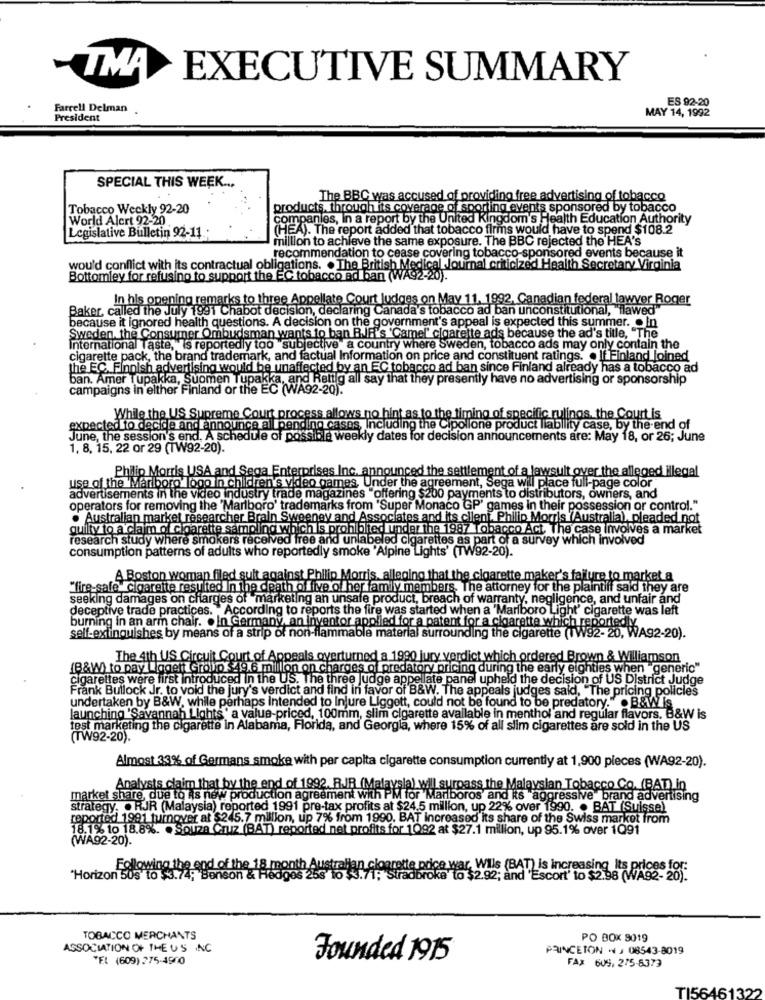
-TMA
EXECUTIVE SUMMARY
ES 92-20
Farrell Delman
President
MAY 14, 1992
SPECIAL THIS WEEK ...
The BBC was accused of providing free advertising of tobacco
Tobacco Weekly 92-20
products, through its coverage of sporting events sponsored by tobacco
World Alert 92-20
companies, In a report by the United Kingdom's Health Education Authority
Legislative Bulletin 92-11 :
(HEA). The report added that tobacco firms would have to spend $108.2
million to achieve the same exposure. The BBC rejected the HEA's
recommendation to cease covering tobacco-sponsored events because it
wou'd conflict with its contractual obligations. . The British Medical Journal criticized Health Secretary Virginia
Bottomley for refusing to support the EC tobacco ad ban (WAS
In his opening remarks to three Appellate Court judges on May 11, 1992, Canadian federal lawver Roger
Baker, called the July 1991 Chabot decision, declaring Canada's tobacco ad ban unconstitutional, "flawed"
because it ignored health questions. A decision on the government's appeal is expected this summer. . In
Sweden, the Consumer Ombudsman wants to ban R.IF.'s 'Camel" cigarette ads because the ad's title, "The
International Taste, is reportedly too"subjective a country where Sweden, tobacco ads may only contain the
cigarette pack, the brand trademark, and factual Information on price and constituent ratings. . If Finland Joined
the EC. Finnish advertising would be unaffected by an EC tobacco ad ban since Finland already has a tobacco ad
ban. Amer Tupakka, Suomen Tupakka, and Rettig all say that they presently have no advertising or sponsorship
campaigns in elther Finland or the EC (WA92-20).
While the US Supreme Court process allows no hint as to the timing of specific rulings, the Court is
expected to decide and announce all pending cases, Including the Cipollone product liability case, by the end of
June, the session's end. A schedule of possible weekly dates for decision announcements are: May 18, or 26; June
1, 8, 15, 22 or 29 (TW92-20).
Philip Morris USA and Sega Enterprises Inc. announced the settlement of a lawsuit over the alleged illegal
use of the 'Marlboro' logo in children's video games, Under the agreement, Sega will place full-page color
advertisements in the video industry trade magazines "offering $200 payments to distributors, owners, and
operators for removing the 'Marlboro' trademarks from 'Super Monaco GP' games in their possession or control."
. Australian market researcher Brain Sweeney and Associates and its client. Philip Morris (Australia), pleaded not
guilty to a claim of cigarette sampling whichis prohibited under the 1987 Tobacco Act. The case Involves a market
research study where smokers received free and unlabeled cigarettes as part of a survey which involved
consumption patterns of adults who reportedly smoke 'Alpine Lights' (TW92-20).
A Boston woman filed suit against Philip Morris, alleging that the cigarette maker's failure to market a
"fire-safe cigarette resulted In the death of five of her family members. The attorney for the plaintiff said they are
seeking damages on charges of" marketing an unsafe product, breach of warranty, negligence, and unfair and
deceptive trade practices. "According to reports the fire was started when a 'Marlboro Light' cigarette was left
burning in an arm chair. . In Germany, an inventor applied for a patent for a cigarette which reportedly
self-extinguishes by means of a strip of non-flammable material surrounding the cigarette (1W92-20, WA92-20).
The 4th US Circuit Court of Appeals overturned a 1990 jury verdict which ordered Brown & Williamson
(B&W) to pay Llogelt Group -49.6 million on charges of predatory pricing during the early eighties when generic"
cigarettes were first introduced in the US. The three Judge appellate panel upheld the decision of US District Judge
Frank Bullock Jr. to void the jury's verdict and find in favor of B&W. The appeals judges said, "The pricing policies
undertaken by B&W, while perhaps Intended to Injure Liggett, could not be found to be predatory." . B&WIs
launching 'Savannah Lights ' a value-priced, 100mm, slim cigarette available in menthol and regular flavors. B&W is
test marketing the cigarette in Alabama, Florida, and Georgia, where 15% of all slim cigarettes are sold in the US
(TW92-20).
Almost 33% of Germans smoke with per capita cigarette consumption currently at 1,900 pieces (WA92-20).
Analysts claim that by the end of 1992. R.JR (Malaysia) will surpass the Malaysian Tobacco Co. (BAT) in
market share, due to As new production agreement with PM for"Marlboros' and its "aggressive brand advertising
strategy. . RJR (Malaysia) reported 1991 pre-tax profits at $24.5 million, up 22% over 1990. . BAT (Suisse)
reported 1991 turnover at $245.7 million, up 7% from 1990. BAT increased its share of the Swiss market from
18.1% to 18.8%. . Souza Cruz (BAT) reported net profits for 1092 at $27.1 million, up 95.1% over 1Q91
(WA92-20).
"Horizon 50
'10 $3.71; Stradbroke to $2.92; and "Escort' to $2.98 (WA92-20).
TOBACCO MERCHANTS
PO BOX 9019
ASSOCIATION OF THE US INC
PRINCETON - J 08543-8019
*EL (609) 275-4900
Founded 1915
FAX 609. 275-8373
TI56461322